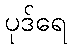
ပုဒ်ရေ